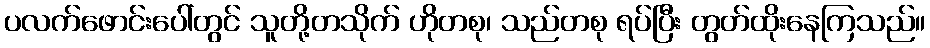
ပလက်ဖောင်းပေါ်တွင် သူတို့တသိုက် ဟိုတစု၊ သည်တစု ရပ်ပြီး တွတ်ထိုးနေကြသည်။